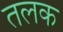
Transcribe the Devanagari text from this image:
तलक